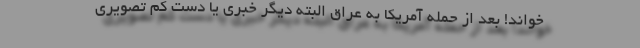
خواند! بعد از حمله آمریکا به عراق البته دیگر خبری یا دست کم تصویری